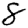
Digit: 8